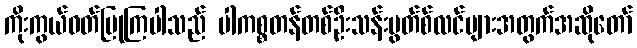
ကိုးကွယ်ဝတ်ပြုကြပါသည် ပါကစ္စတန်တစ်ဦးသန်းမွတ်စ်လင်များအတွက်အဆိုတော်